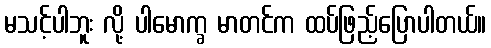
မသင့်ပါဘူး လို့ ပါမောက္ခ မာတင်က ထပ်ဖြည့်ပြောပါတယ်။